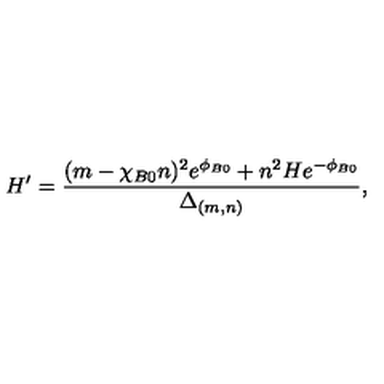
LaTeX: H ^ { \prime } = \frac { ( m - \chi _ { B 0 } n ) ^ { 2 } e ^ { \phi _ { B 0 } } + n ^ { 2 } H e ^ { - \phi _ { B 0 } } } { \Delta _ { ( m , n ) } } ,